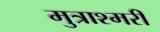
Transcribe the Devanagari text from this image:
मुत्राश्मरी